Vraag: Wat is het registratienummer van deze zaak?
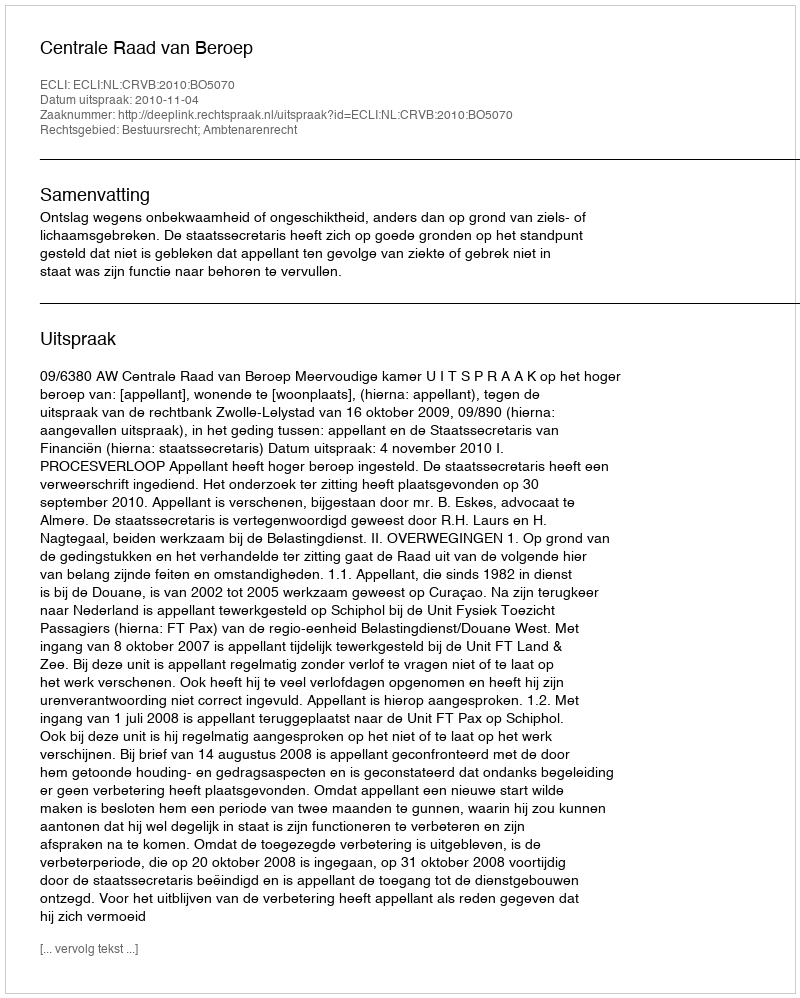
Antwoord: http://deeplink.rechtspraak.nl/uitspraak?id=ECLI:NL:CRVB:2010:BO5070